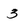
Character: 3